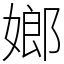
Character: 嫏